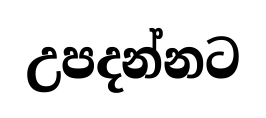
උපදන්නට